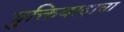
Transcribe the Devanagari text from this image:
युक्तिवादाचा